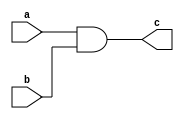
module and_continous_assignment(input a,input b,output c);
  assign c = a && b;
endmodule